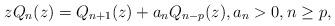
LaTeX: \begin{align*}z Q_{n}(z)=Q_{n+1}(z)+a_{n} Q_{n-p}(z),a_{n}>0,n\geq p,\end{align*}